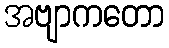
အဗျာကတော